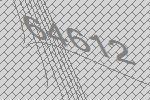
64612